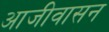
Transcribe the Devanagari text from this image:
आजीवासन